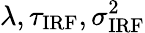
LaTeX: \lambda,\tau_{\mathrm{IRF}},\sigma_{\mathrm{IRF}}^{2}